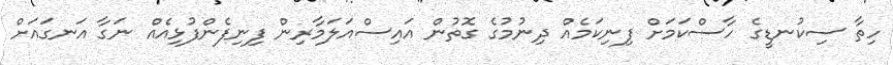
ހިތާ ސިކުނޑީގެ ހާސްކަމަށް ފިނިކަމެއް ދިނުމުގެ ގޮތުން އައިސްއަލަމާރިން ފިނިފެންފުޅިއެއް ނަގާ އަނގައަށް